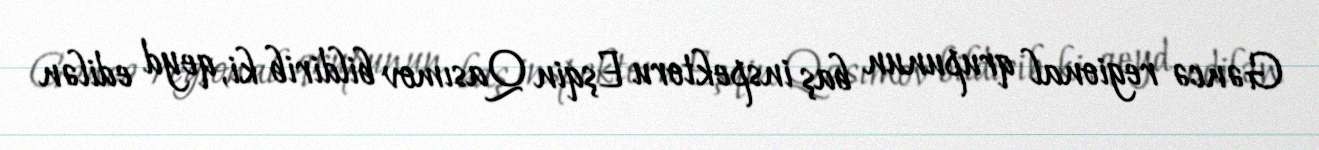
Gəncə regional qrupunun baş inspektoru Eşqin Qasımov bildirib ki, qeyd edilən